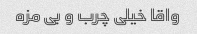
واقا خیلی چرب و بی مزه